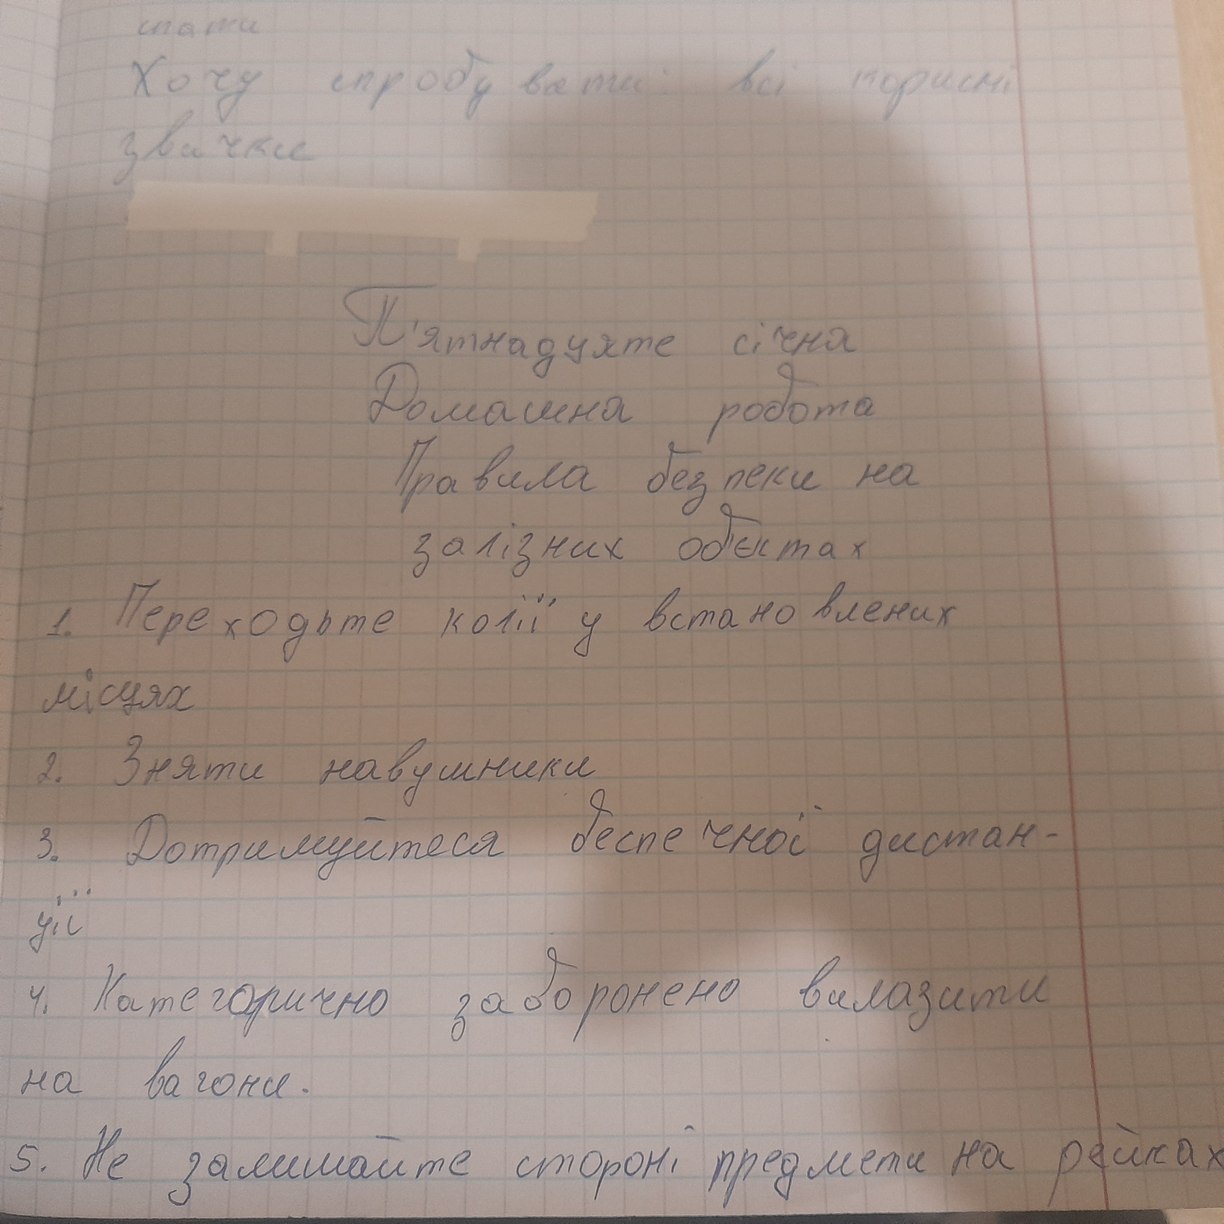
спати
Хочу спробувати: всі корисні
звички
Пятнадцяте січня
Домашня робота
Правила безпеки на
залізних об'єктах
1. Переходьте колії у вставлених
місцях
2. Зняти навушники
3. Дотримуйтеся безпечної дистан-
ції
4. Категорично заборонено вилазити
на вагони.
5. Не залишайте стороні, предмети на рейках